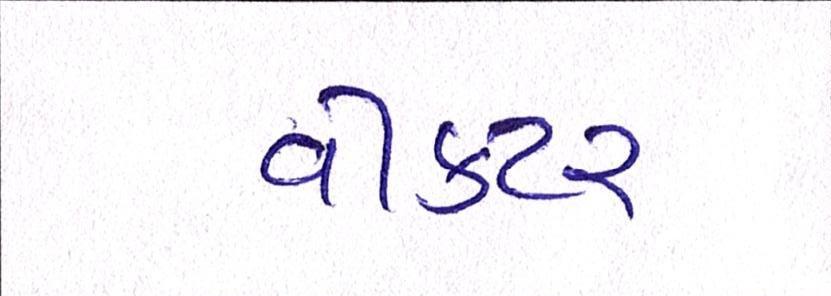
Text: વીકટર